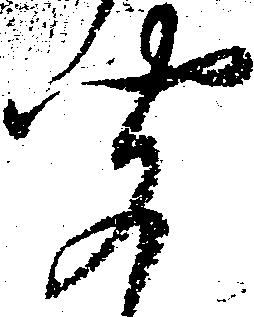
聞